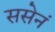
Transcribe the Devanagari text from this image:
ससेनं